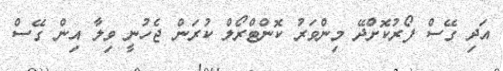
އަދި ގޭސް ފޯރުކޮށްދޭ މިންވަރު ކޮންޓްރޯލް ކުރަން ޖެހުނީ ވިލާ އިން ގޭސް